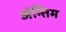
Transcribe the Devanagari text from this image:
अंन्‍तिम